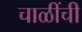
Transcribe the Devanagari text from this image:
चाळींची